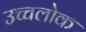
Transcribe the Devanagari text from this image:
उच्चलोक